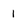
Character: 1